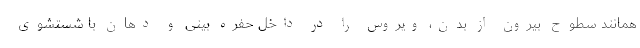
همانند سطوح بیرون از بدن، ویروس را در داخل حفره بینی و دهان با شستشوی